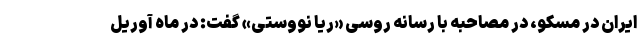
ایران در مسکو، در مصاحبه با رسانه روسی «ریا نووستی» گفت: در ماه آوریل